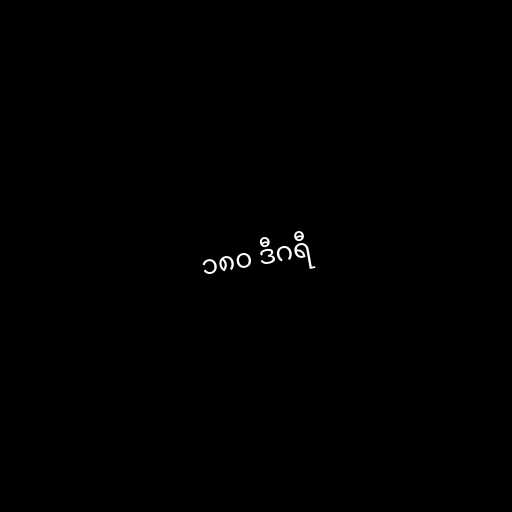
၁၈၀ ဒီဂရီ